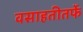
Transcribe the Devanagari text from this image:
वसाहतीतर्फे